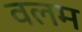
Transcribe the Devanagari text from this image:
वलम